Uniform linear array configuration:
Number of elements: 48
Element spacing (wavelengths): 0.25
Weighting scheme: uniform
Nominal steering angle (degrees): -15
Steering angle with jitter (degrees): -13.817
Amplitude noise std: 0.05
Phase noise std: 0.05

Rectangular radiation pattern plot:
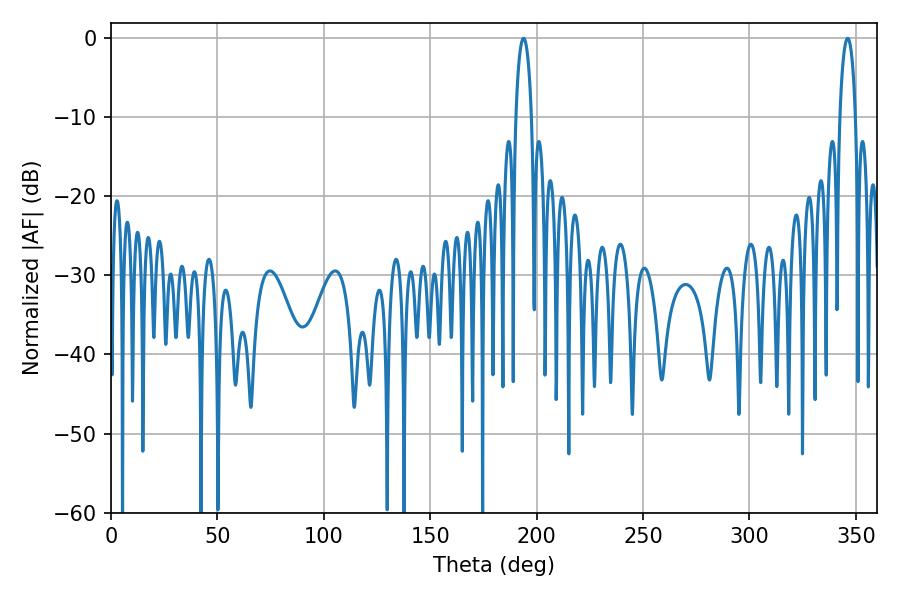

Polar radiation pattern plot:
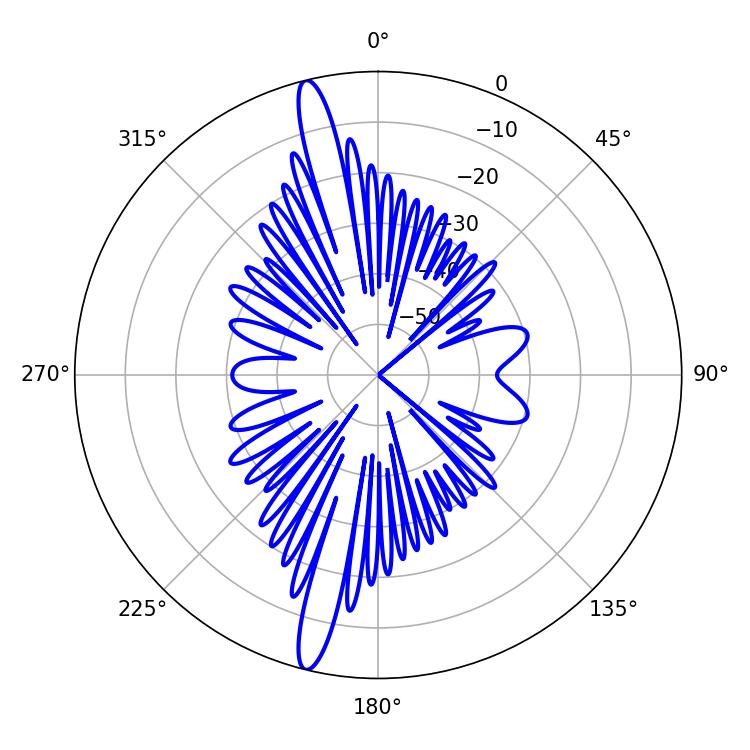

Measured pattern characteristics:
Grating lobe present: FALSE
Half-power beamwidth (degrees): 4.32
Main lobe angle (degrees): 193.86